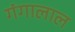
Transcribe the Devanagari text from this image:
गंगालाल